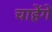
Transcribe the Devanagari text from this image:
चाहेंगें